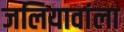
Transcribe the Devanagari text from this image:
जलियावांला